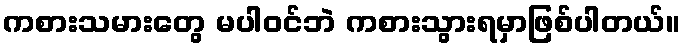
ကစားသမားတွေ မပါဝင်ဘဲ ကစားသွားရမှာဖြစ်ပါတယ်။